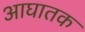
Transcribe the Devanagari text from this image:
आघातक